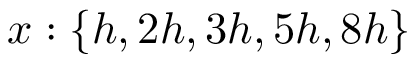
x : \{ h , 2 h , 3 h , 5 h , 8 h \}